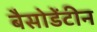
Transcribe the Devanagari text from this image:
बैसोडेंटीन